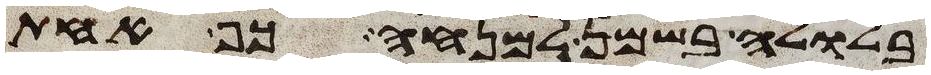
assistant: בלולה בשמן למנחה כף אחת